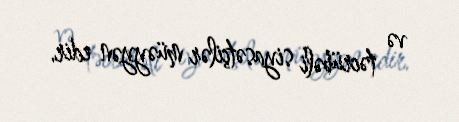
və təcrübəli siyasətçilər müəyyən edir.